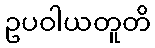
ဥပဝါယတူတိ